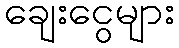
ချေးငွေများ